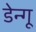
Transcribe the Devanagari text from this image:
डेन्गू